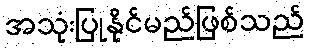
အသုံးပြုနိုင်မည်ဖြစ်သည်